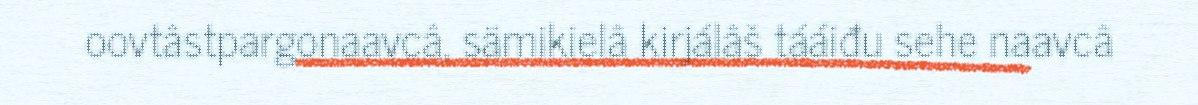
oovtâstpargonaavcâ, sämikielâ kirjálâš tááiđu sehe naavcâ